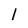
Character: 1